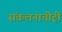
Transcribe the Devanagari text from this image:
संकलनाचीही